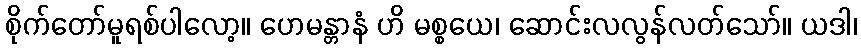
စိုက်တော်မူရစ်ပါလော့။ ဟေမန္တာနံ ဟိ မစ္စယေ၊ ဆောင်းလလွန်လတ်သော်။ ယဒါ၊